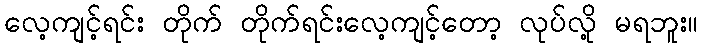
လေ့ကျင့်ရင်း တိုက် တိုက်ရင်းလေ့ကျင့်တော့ လုပ်လို့ မရဘူး။